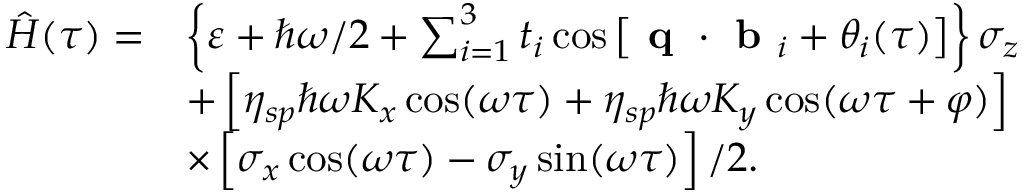
\begin{array} { r l } { \hat { H } ( \tau ) = } & { \left\{ \varepsilon + \hbar \omega / 2 + \sum _ { i = 1 } ^ { 3 } t _ { i } \cos \left[ \textbf { q } \cdot \textbf { b } _ { i } + \theta _ { i } ( \tau ) \right] \right\} \sigma _ { z } } \\ & { + \left[ \eta _ { s p } \hbar \omega K _ { x } \cos ( \omega \tau ) + \eta _ { s p } \hbar \omega K _ { y } \cos ( \omega \tau + \varphi ) \right] } \\ & { \times \left[ \sigma _ { x } \cos ( \omega \tau ) - \sigma _ { y } \sin ( \omega \tau ) \right] / 2 . } \end{array}